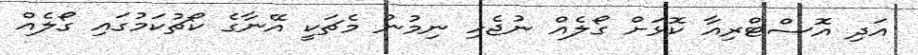
އަދި އޮސްޓްރިއާ ކޮޅަށް ގޯލެއް ނުޖެހި ނިމުނު މެޗަކީ އޭނާގެ ކޯޗުކަމުގައި ގޯލެއް